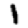
Digit: 1